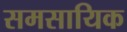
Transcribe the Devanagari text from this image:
समसायिक